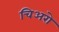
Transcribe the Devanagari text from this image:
चिअरो